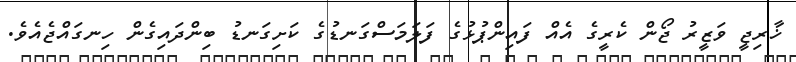
ޚާރިޖީ ވަޒީރު ޖޯން ކެރީގެ އެއް ފައިންޕުޅުގެ ފަލަމަސްގަނޑުގެ ކަށިގަނޑު ބިންދައިގެން ހިނގައްޖެއެވެ.